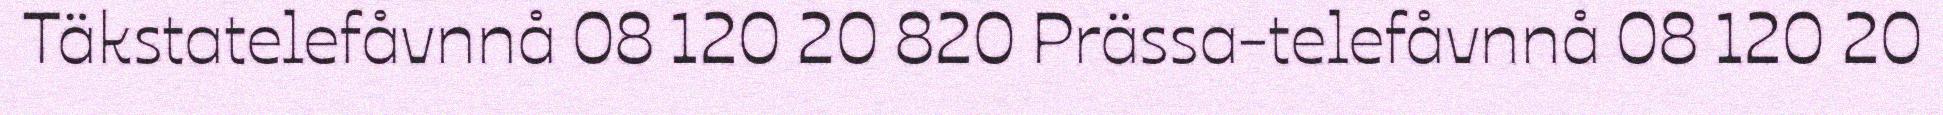
Täkstatelefåvnnå 08 120 20 820 Prässa-telefåvnnå 08 120 20